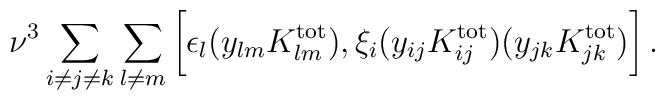
\nu^3 \sum_{i\ne j\ne k}\sum_{l\ne m}\bigg [\epsilon_l(y_{lm}K_{lm}^{\rm tot}), \xi_i(y_{ij}K_{ij}^{\rm tot})(y_{jk}K_{jk}^{\rm tot})\bigg ]\,.